Indian journal of veterinary science and animal husbandry - Volume 10,
Year: 1940
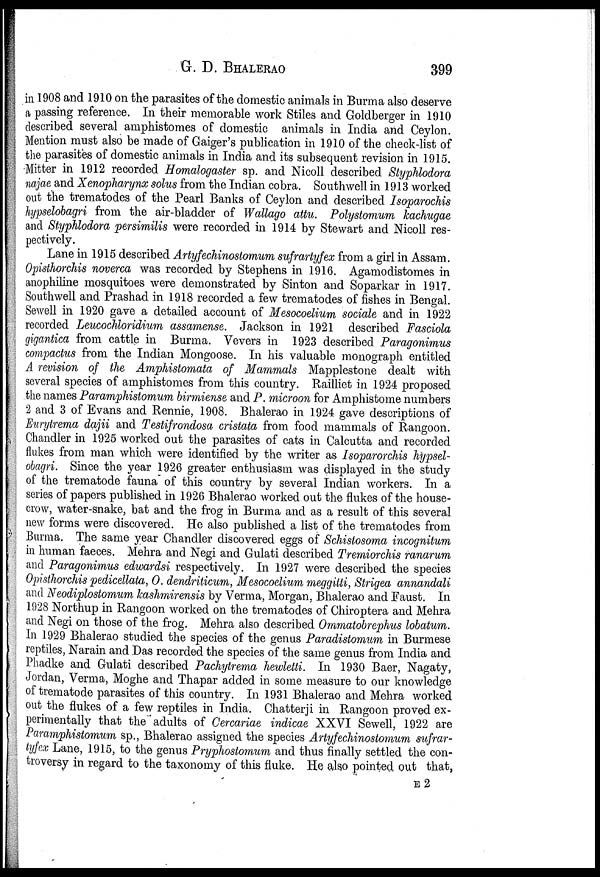
G. D. BHALERAO 399
in 1908 and 1910 on the parasites of the domestic animals in Burma also deserve
a passing reference. In their memorable work Stiles and Goldberger in 1910
described several amphistomes of domestic animals in India and Ceylon.
Mention must also be made of Gaiger's publication in 1910 of the check-list of
the parasites of domestic animals in India and its subsequent revision in 1915.
Mitter in 1912 recorded Homalogaster sp. and Nicoll described Styphlodora
najae and Xenopharynx solus from the Indian cobra. Southwell in 1913 worked
out the trematodes of the Pearl Banks of Ceylon and described Isoparochis
hypselobagri from the air-bladder of Wallago attu. Polystomum kachugae
and Styphlodora persimilis were recorded in 1914 by Stewart and Nicoll res-
pectively.
Lane in 1915 described Artyfechinostomum sufrartyfex from a girl in Assam.
Opisthorchis noverca was recorded by Stephens in 1916. Agamodistomes in
anophiline mosquitoes were demonstrated by Sinton and Soparkar in 1917.
Southwell and Prashad in 1918 recorded a few trematodes of fishes in Bengal.
Sewell in 1920 gave a detailed account of Mesocoelium sociale and in 1922
recorded Leucochloridium assamense. Jackson in 1921 described Fasciola
gigantica from cattle in Burma. Vevers in 1923 described Paragonimus
compactus from the Indian Mongoose. In his valuable monograph entitled
A revision of the Amphistomata of Mammals Mapplestone dealt with
several species of amphistomes from this country. Railliet in 1924 proposed
the names Paramphistomum birmiense and P. microon for Amphistome numbers
2 and 3 of Evans and Rennie, 1908. Bhalerao in 1924 gave descriptions of
Eurytrema dajii and Testifrondosa cristata from food mammals of Rangoon.
Chandler in 1925 worked out the parasites of cats in Calcutta and recorded
flukes from man which were identified by the writer as Isoparorchis hypsel-
obagri. Since the year 1926 greater enthusiasm was displayed in the study
of the trematode fauna of this country by several Indian workers. In a
series of papers published in 1926 Bhalerao worked out the flukes of the house-
crow, water-snake, bat and the frog in Burma and as a result of this several
new forms were discovered. He also published a list of the trematodes from
Burma. The same year Chandler discovered eggs of Schistosoma incognitum
in human faeces. Mehra and Negi and Gulati described Tremiorchis ranarum
and Paragonimus edwardsi respectively. In 1927 were described the species
Opisthorchis pedicellata, O. dendriticum, Mesocoelium meggitti, Strigea annandali
and Neodiplostomum kashmirensis by Verma, Morgan, Bhalerao and Faust. In
1928 Northup in Rangoon worked on the trematodes of Chiroptera and Mehra
and Negi on those of the frog. Mehra also described Ommatobrephus lobatum.
In 1929 Bhalerao studied the species of the genus Paradistomum in Burmese
reptiles, Narain and Das recorded the species of the same genus from India and
Phadke and Gulati described Pachytrema hewletti. In 1930 Baer, Nagaty,
Jordan, Verma, Moghe and Thapar added in some measure to our knowledge
of trematode parasites of this country. In 1931 Bhalerao and Mehra worked
out the flukes of a few reptiles in India. Chatterji in Rangoon proved ex-
perimentally that the adults of Cercariae indicae XXVI Sewell, 1922 are
Paramphistomum sp., Bhalerao assigned the species Artyfechinostomum sufrar-
tyfex Lane, 1915, to the genus Pryphostomum and thus finally settled the con-
troversy in regard to the taxonomy of this fluke. He also pointed out that,
E 2